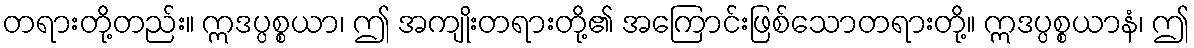
တရားတို့တည်း။ ဣဒပ္ပစ္စယာ၊ ဤ အကျိုးတရားတို့၏ အကြောင်းဖြစ်သောတရားတို့။ ဣဒပ္ပစ္စယာနံ၊ ဤ